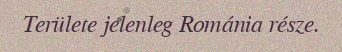
Területe jelenleg Románia része.